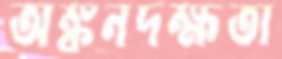
অঙ্কনদক্ষতা